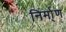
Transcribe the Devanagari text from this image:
निर्मा्ण